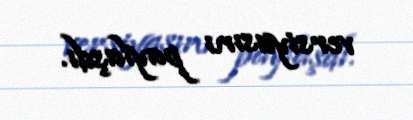
versiyasını paylaşdı.